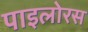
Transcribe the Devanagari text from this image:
पाइलोरस